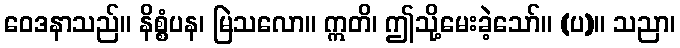
ဝေဒနာသည်။ နိစ္စံပန၊ မြဲသလော။ ဣတိ၊ ဤသို့မေးခဲ့သော်။ (ပ)။ သညာ၊